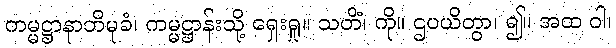
ကမ္မဋ္ဌာနာဘိမုခံ၊ ကမ္မဋ္ဌာန်းသို့ ရှေးရှု။ သတိံ၊ ကို။ ဌပယိတွာ၊ ၍။ အထ ဝါ၊